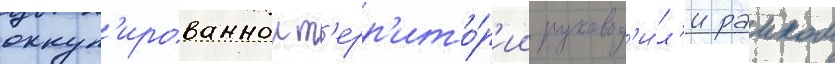
оккуп'ированнои т'ерр'ито́р'ии руковод'и́л'и раиком